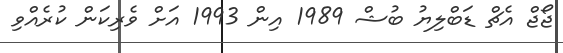
ޖޯޖް އެޗް ޑަބްލިޔު ބުޝް 1989 އިން 1993 އަށް ވެރިކަން ކުރެއްވި